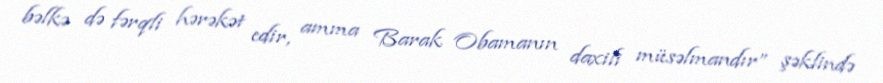
bəlkə də fərqli hərəkət edir, amma Barak Obamanın daxili müsəlmandır” şəklində